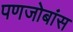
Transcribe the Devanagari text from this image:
पणजोबांस